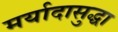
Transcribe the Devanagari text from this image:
मर्यादासुद्धा